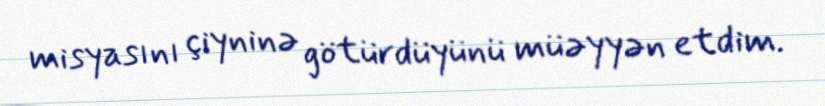
misyasını çiyninə götürdüyünü müəyyən etdim.